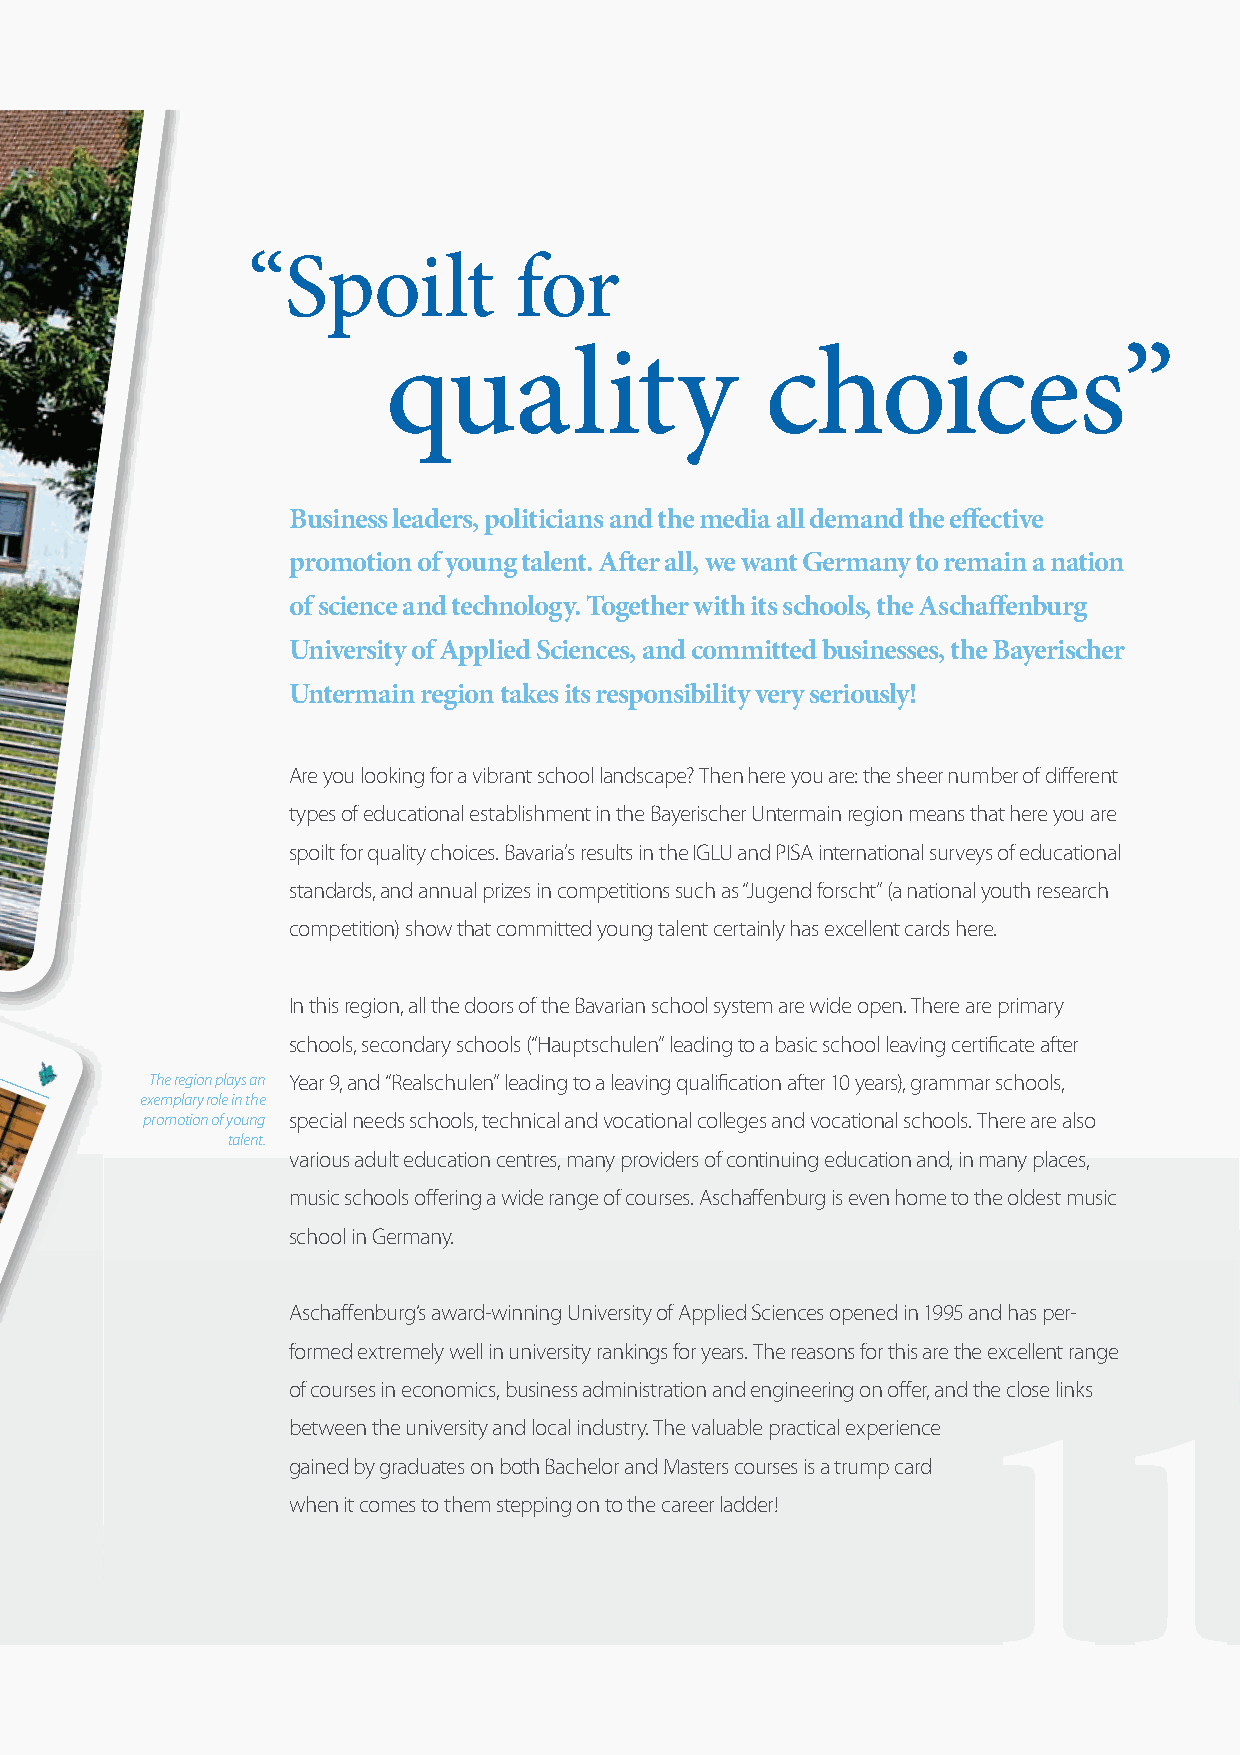
“Spoilt           for
 quality                  choices”
 Business leaders, politicians and the media all demand the effective
 promotion of young talent. After all, we want Germany to remain a nation
 of science and technology. Together with its schools, the Aschaffenburg
 University of Applied Sciences, and committed businesses, the Bayerischer
 Untermain region takes its responsibility very seriously!
 Are you looking for a vibrant school landscape? Then here you are: the sheer number of different
 types of educational establishment in the Bayerischer Untermain region means that here you are
 spoilt for quality choices. Bavaria’s results in the IGLU and PISA international surveys of educational
 standards, and annual prizes in competitions such as “Jugend forscht” (a national youth research
 competition) show that committed young talent certainly has excellent cards here.
 In this region, all the doors of the Bavarian school system are wide open. There are primary
 schools, secondary schools (“Hauptschulen” leading to a basic school leaving certificate after
 The region plays an Year 9, and “Realschulen” leading to a leaving qualification after 10 years), grammar schools,
 exemplary role in the
 promotion of young special needs schools, technical and vocational colleges and vocational schools. There are also
 talent.
 various adult education centres, many providers of continuing education and, in many places,
 music schools offering a wide range of courses. Aschaffenburg is even home to the oldest music
 school in Germany.
 Aschaffenburg‘s award-winning University of Applied Sciences opened in 1995 and has per-
 11
 formed extremely well in university rankings for years. The reasons for this are the excellent range
 of courses in economics, business administration and engineering on offer, and the close links
 between the university and local industry. The valuable practical experience
 gained by graduates on both Bachelor and Masters courses is a trump card
 when it comes to them stepping on to the career ladder!